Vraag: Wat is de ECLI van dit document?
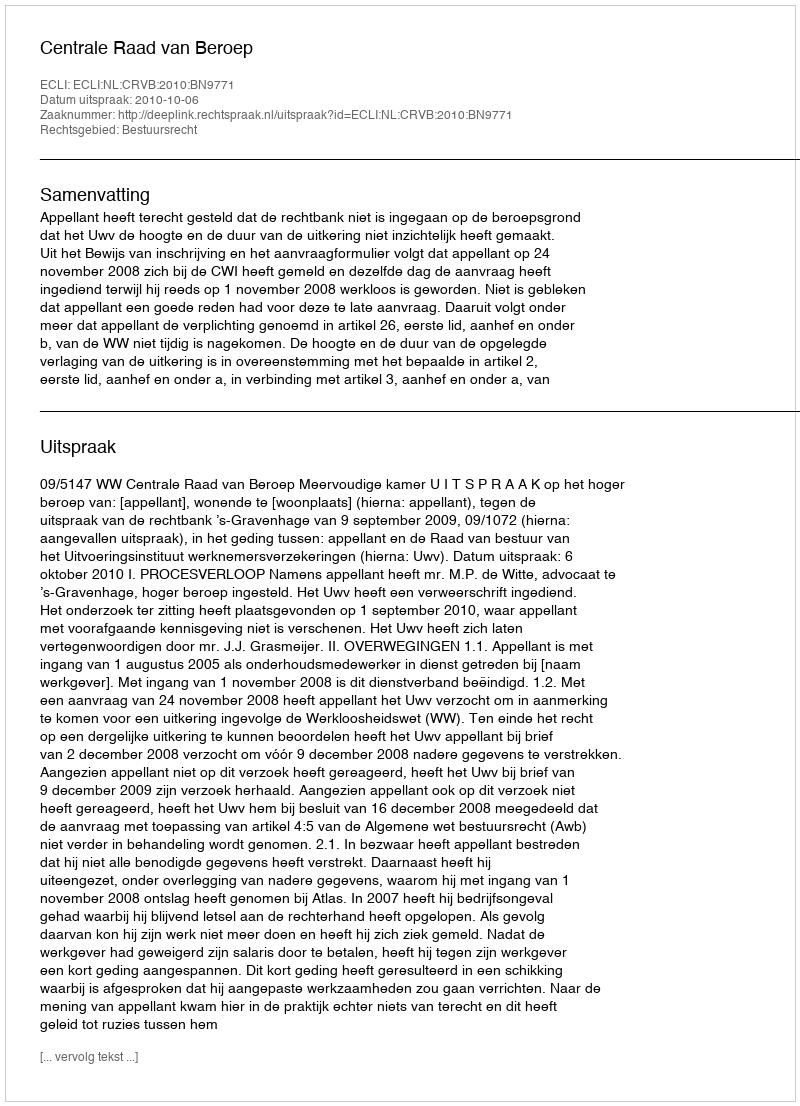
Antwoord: ECLI:NL:CRVB:2010:BN9771